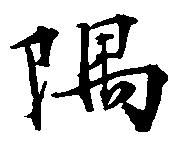
隅